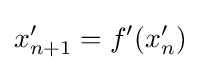
x'_{n+1}=f'(x'_{n})